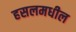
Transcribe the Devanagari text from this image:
हसलमधील